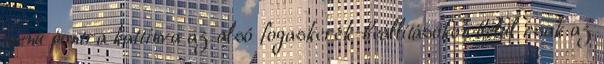
menü pontra kattinva az alsó fogaskerék-beállításokon belül csak az